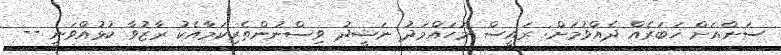
ސަންއަށް ޚަބަރެއް ދެއްވުމަށް: ރައީސް މުހައްމަދު ނަޝީދު ވިސްނުންތެރިކަމާއެކު ރާޒުވާ ކުޅުއްވަނީ --